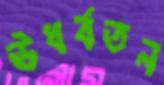
ঊধর্বতন